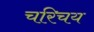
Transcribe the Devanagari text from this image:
चरिचय